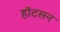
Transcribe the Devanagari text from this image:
हॉटसन